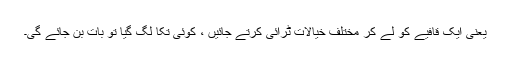
یعنی ایک قافیے کو لے کر مختلف خیالات ٹرائی کرتے جائیں ، کوئی تُکا لگ گیا تو بات بن جائے گی۔